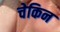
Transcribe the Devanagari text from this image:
चेकिन